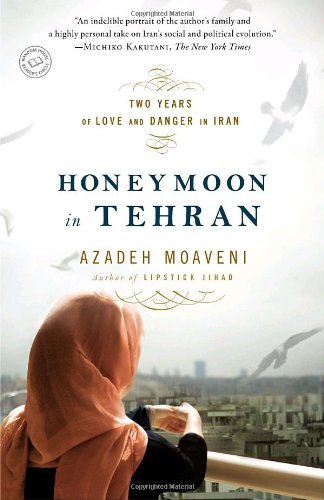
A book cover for Honeymoon in Tehran: Two Years of Love and Danger in Iran; Azadeh Moaveni; Religion & Spirituality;